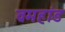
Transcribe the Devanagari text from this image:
व्रमहांड